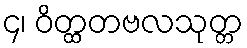
၄၊ ဝိတ္ထတဗလသုတ္တ